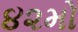
૪૨મો